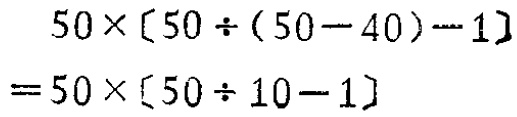
\[

\begin{align*}

&50\times[50\div(50 - 40)-1]\\

=&50\times[50\div10 - 1]

\end{align*}

\]